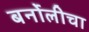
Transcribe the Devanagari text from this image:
बर्नोलीचा